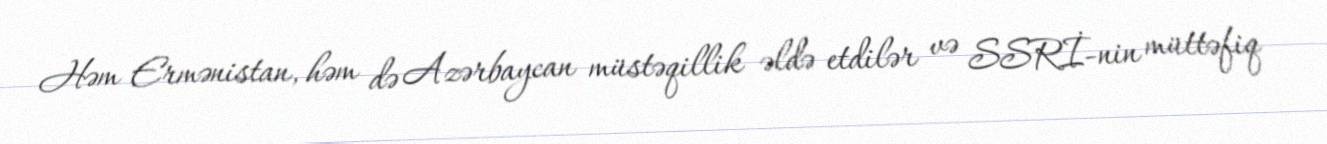
Həm Ermənistan, həm də Azərbaycan müstəqillik əldə etdilər və SSRİ-nin müttəfiq